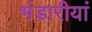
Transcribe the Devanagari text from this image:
भंडारीयां